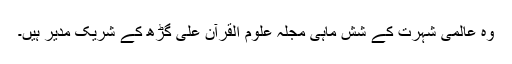
وہ عالمی شہرت کے شش ماہی مجلہ علوم القرآن علی گڑھ کے شریک مدیر ہیں۔